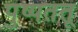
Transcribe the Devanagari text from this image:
पुष्पतंतू